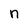
Character: n